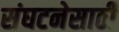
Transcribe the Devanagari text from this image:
संघटनेसाठी